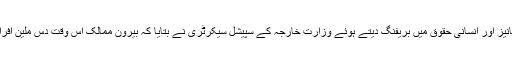
جمعہ 20 اپریل 2018 ء) قومی اسمبلی کی قائمہ کمیٹی برائے اوورسیز پاکستانیز اور انسانی حقوق میں بریفنگ دیتے ہوئے وزارت خارجہ کے سپیشل سیکرٹری نے بتایا کہ بیرون ممالک اس وقت دس ملین افراد پاکستانی کام کر رہے ہیں جن میں سعودی عرب میں 3.5ملین افراد مقیم ہیں ۔